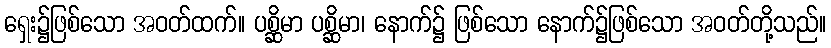
ရှေး၌ဖြစ်သော အဝတ်ထက်။ ပစ္ဆိမာ ပစ္ဆိမာ၊ နောက်၌ ဖြစ်သော နောက်၌ဖြစ်သော အဝတ်တို့သည်။